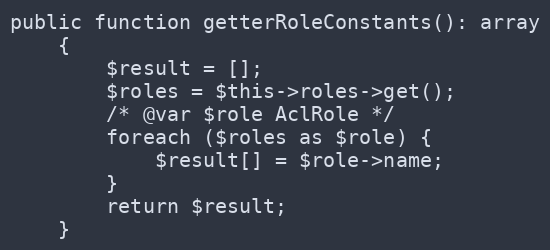
Language: PHP
public function getterRoleConstants(): array
	{
		$result = [];
		$roles = $this->roles->get();
		/* @var $role AclRole */
		foreach ($roles as $role) {
			$result[] = $role->name;
		}
		return $result;
	}